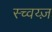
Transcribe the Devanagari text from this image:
स्च्वय्ज़